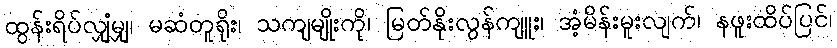
ထွန်းရိပ်လျှံမျှ၊ မဆံတူရိုး၊ သကျမျိုးကို၊ မြတ်နိုးလွန်ကျူး၊ အံ့မိန်းမူးလျက်၊ နဖူးထိပ်ပြင်၊